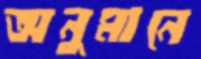
অনুমানে